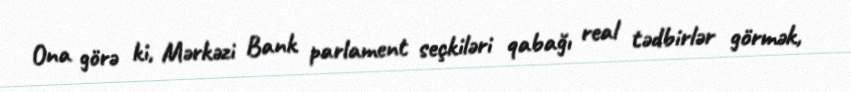
Ona görə ki, Mərkəzi Bank parlament seçkiləri qabağı real tədbirlər görmək,